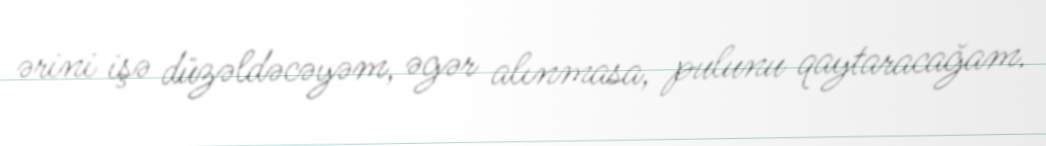
ərini işə düzəldəcəyəm, əgər alınmasa, pulunu qaytaracağam.